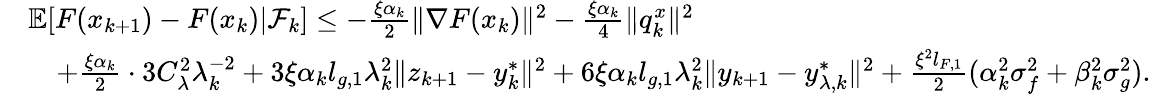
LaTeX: \begin{array}{rl}&{\mathbb{E}[F(x_{k+1})-F(x_{k})|\mathcal{F}_{k}]\le-\frac{\xi\alpha_{k}}{2}\| \nabla F(x_{k})\| ^{2}-\frac{\xi\alpha_{k}}{4}\| q_{k}^{x}\| ^{2}}\\ &{\quad+\frac{\xi\alpha_{k}}{2}\cdot 3C_{\lambda}^{2}\lambda_{k}^{-2}+3\xi\alpha_{k}l_{g,1}\lambda_{k}^{2}\| z_{k+1}-y_{k}^{*}\| ^{2}+6\xi\alpha_{k}l_{g,1}\lambda_{k}^{2}\| y_{k+1}-y_{\lambda,k}^{*}\| ^{2}+\frac{\xi^{2}l_{F,1}}{2}(\alpha_{k}^{2}\sigma_{f}^{2}+\beta_{k}^{2}\sigma_{g}^{2}).}\end{array}